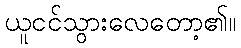
ယူငင်သွားလေတော့၏။